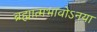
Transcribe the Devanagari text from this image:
ब्रह्मात्मभावोऽनया